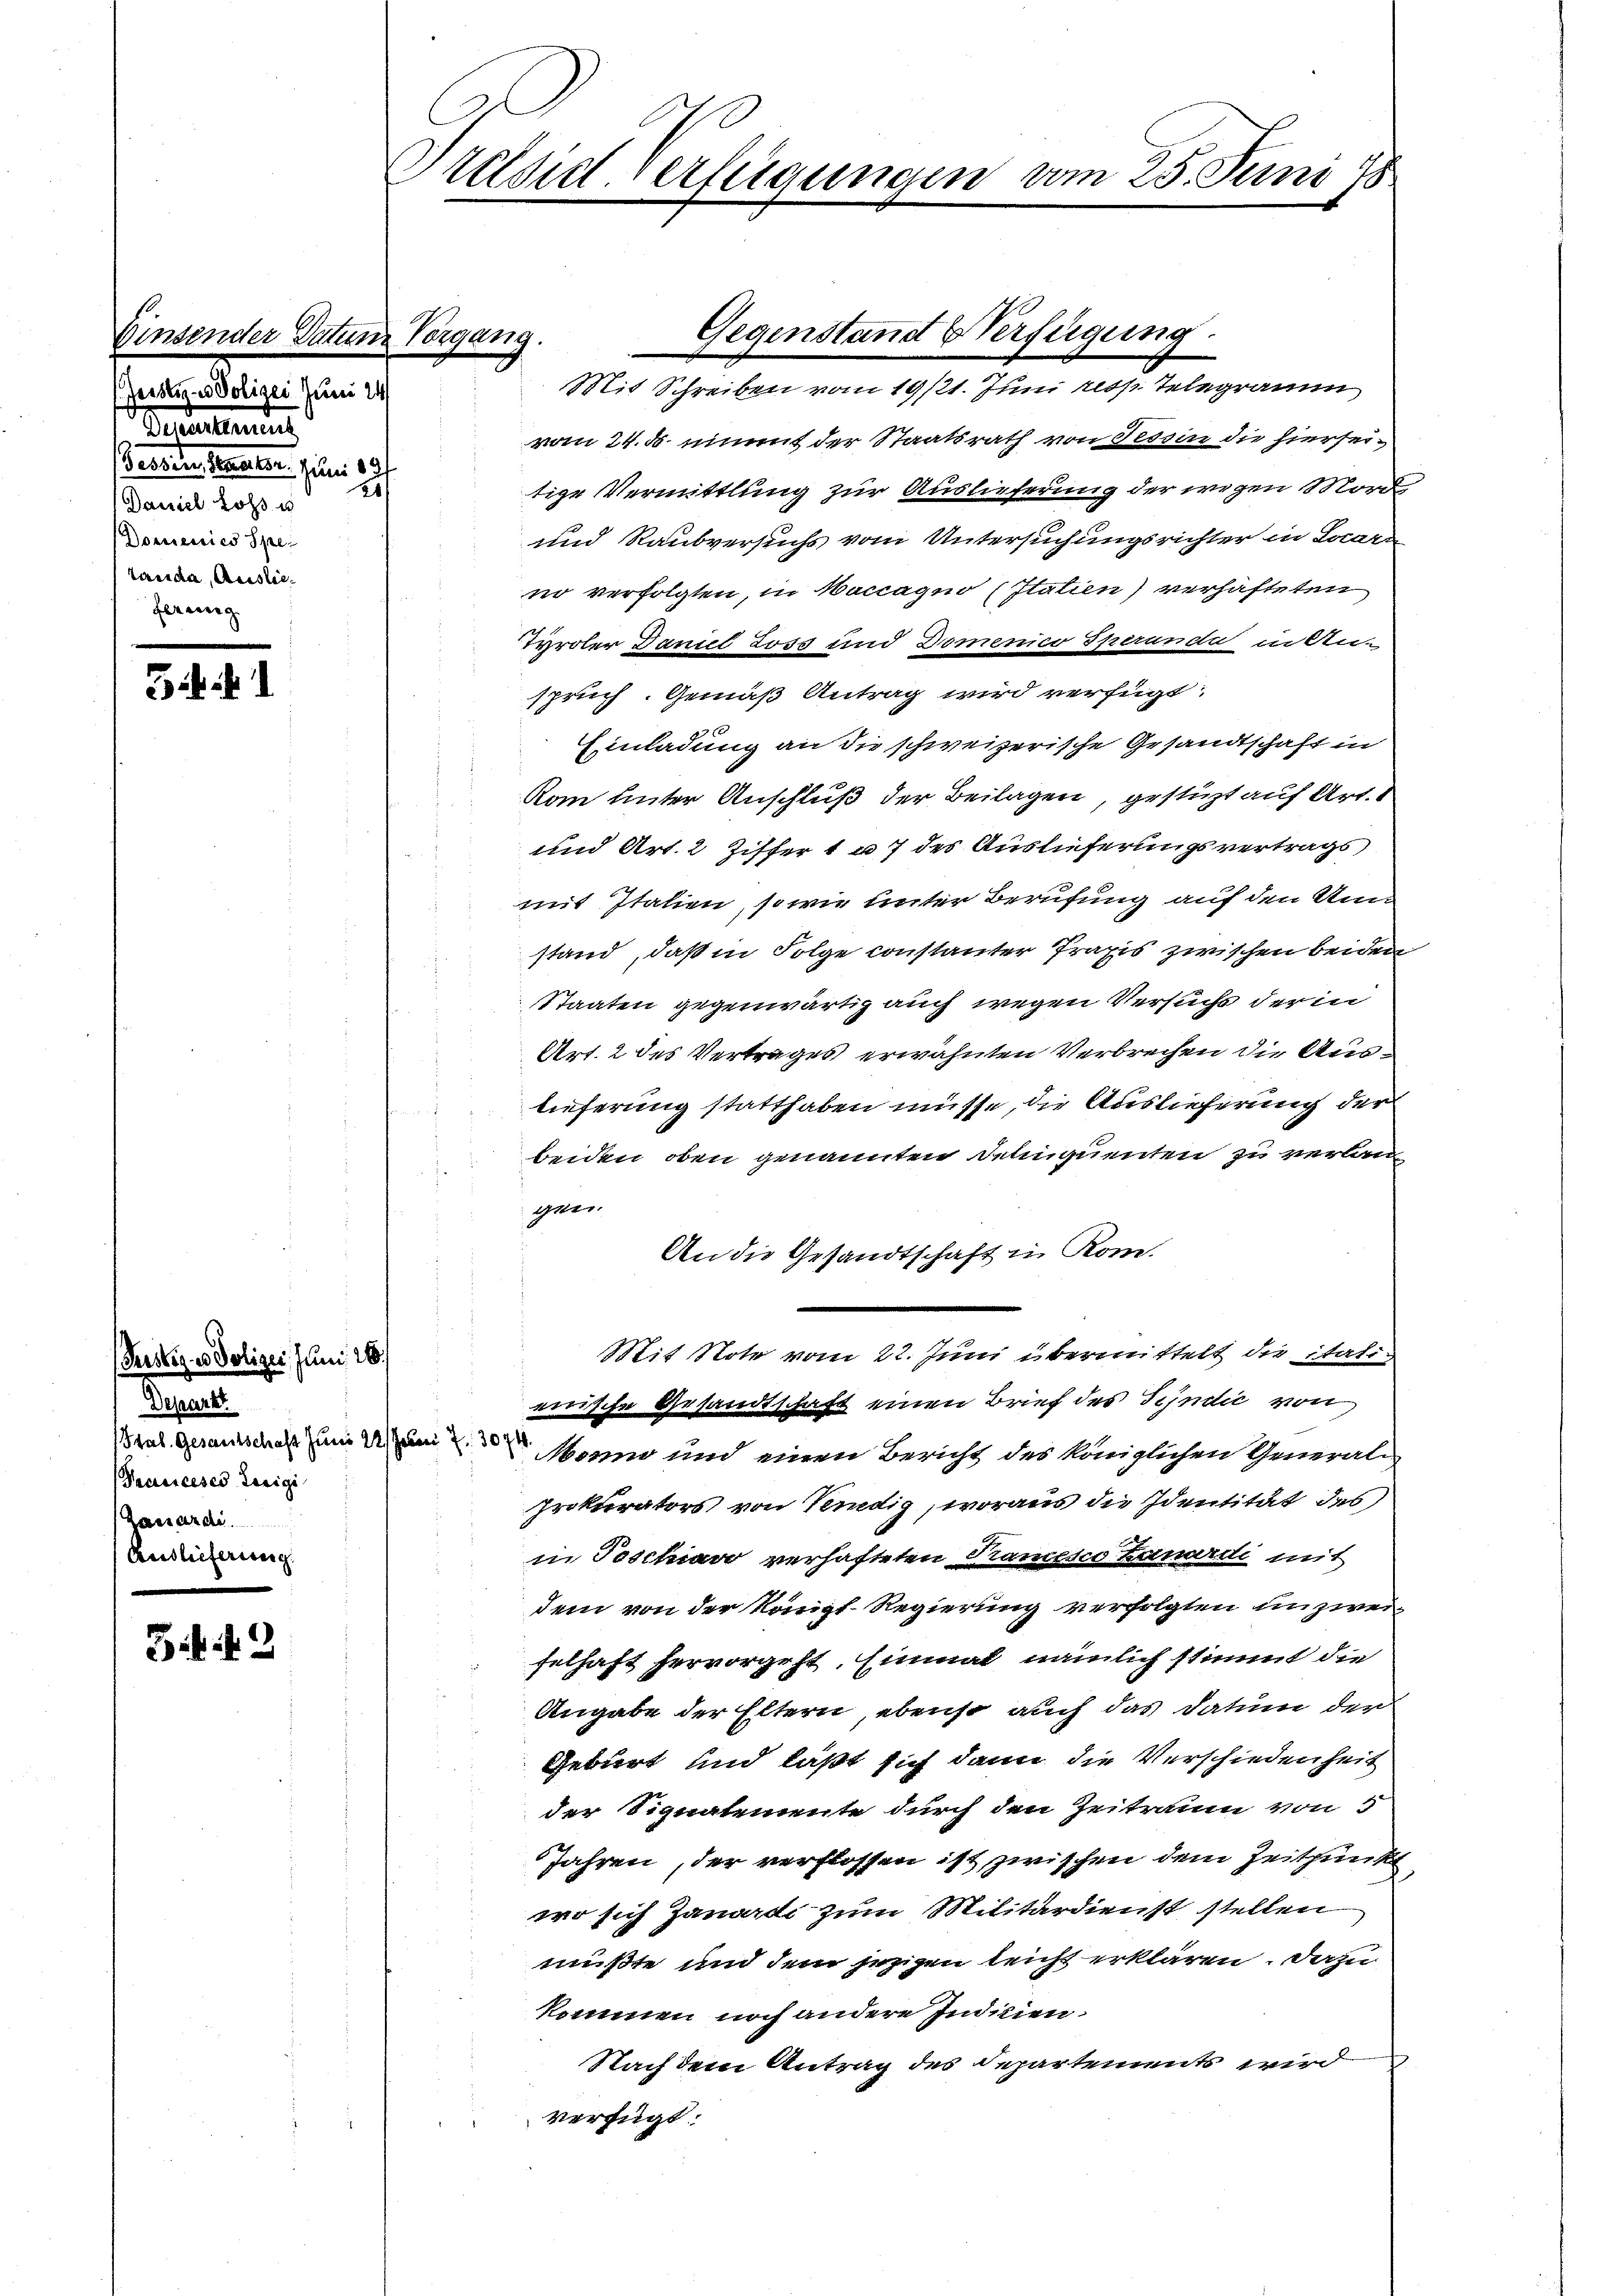
Einsender Datum Vorgang.
Geistige Polizei Juni 24
Dieulement
Beteilen Seele Juni 19
Daniel Loss u
Domenies Spe
tander, Auslieferung

54

3ff 9

Präsid-Verfügungen vom 25. Juni 18

Peistig v. Polizei Juni 18
Depart
¬
Pacisceses Luigi
Zanardi.
Auslieferung

e
Mit Schreiben vom 19/21. Juni resp. Telegramm
vom 24. d. einmit der Staatsrath von Tessin die hierseitige Vermittlung zur Auslieferung der wegen Morde
und Raubversuchs vom Untersuchungsrichter in Locarn
no verfolgten, in Meccagio (Itatien) verhafteten
Tyroler Daniel Loss und Domenico Sperunde in An-
spruch. Gemäß Antrag wird verfügt:
Einladung an die schweizerische Gesandtschaft in
Rom unter Anschluß der Beilagen, gestüzt auf Art. 1
und Art. 2 Ziffer 1 a 7 des Auslieferungsvertrags
mit Italien, so wie unter Berufung auf den Umstand, daß in Folge constanter Praxis zwischen beiden
Staaten gegenwärtig auch wegen Versuchs der in
Art. 2 des Vertrages erwähnten Verbrechen die Auslieferung statthaben müsse, die Auslieferung der
beiden oben genannten Delinquenten zu verlan
gen.
An die Gesandtschaft in Kom-
Mit Note vom 22. Juni übermittelt die italieinsche Gesandtschaft einen Brief des Syndić von
Pral. Gesandsches zum und wo und einen Bericht des Königlichen General-
proktorators von Venedig, woraus die Identität des
in Teschiavo verhafteten Trancesco Zanardi mit
dem von der Königl. Regierung verfolgten unzweifelhaft hervorgeht, Einmal nämlich stimmt die
Angabe der Eltern, ebenso auch das Datum der
Geburt und läßt sich dann die Verschiedenheit
der Signalemente durch den Zeitraum von 5
Jahren, der verflossen ist zwischen dem Zeitpunkt
wo sich Zanardi zum Militärdienst stellen
mußte und dem jezigen leicht erklären. Dazu
kommen noch andere Indicien.
Nachdem Antrag des Separtements wird
verfügt:

Gegenstand Verfügung.